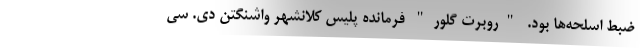
ضبط اسلحه‌ها بود. "روبرت گلور" فرمانده پلیس کلانشهر واشنگتن دی. سی